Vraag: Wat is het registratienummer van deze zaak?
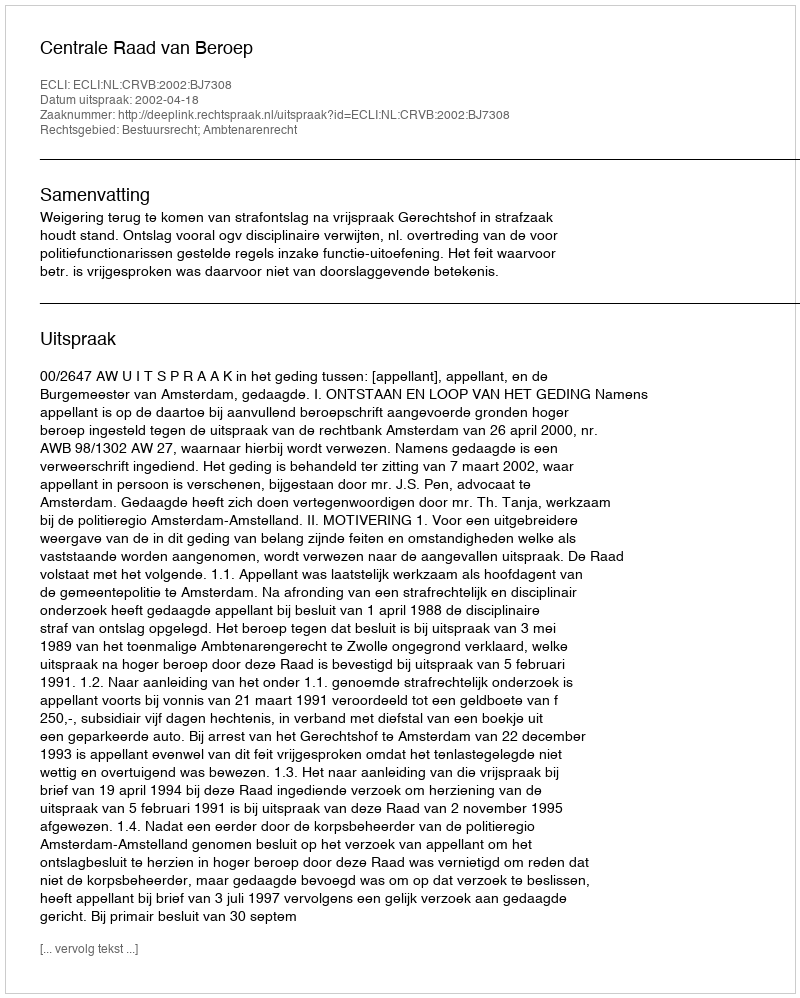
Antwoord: http://deeplink.rechtspraak.nl/uitspraak?id=ECLI:NL:CRVB:2002:BJ7308